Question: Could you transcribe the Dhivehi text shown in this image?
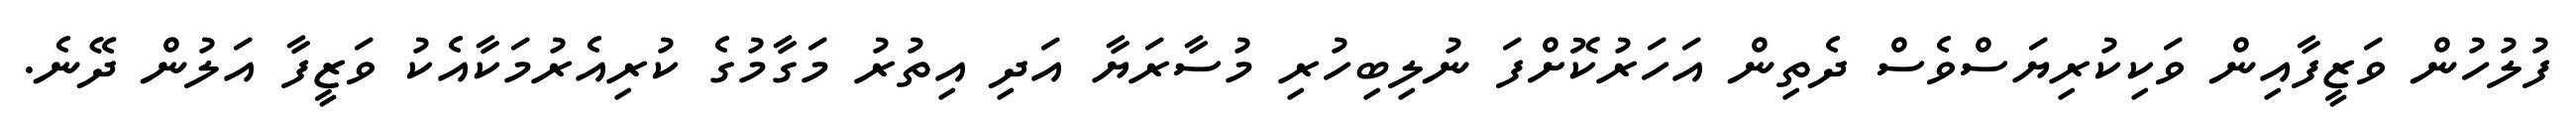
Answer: ފުލުހުން ވަޒީފާއިން ވަކިކުރިޔަސްވެސް ދެތިން އަހަރުކޮށްފަ ނުލިބިހުރި މުސާރަޔާ އަދި އިތުރު މަގާމުގެ ކުރިއެރުމަކާއެކު ވަޒީފާ އަލުން ދޭނެ.